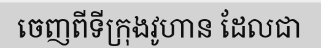
ចេញពីទីក្រុងវូហាន ដែលជា